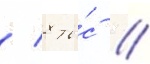
/ 8 ты́с //